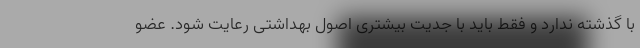
با گذشته ندارد و فقط باید با جدیت بیشتری اصول بهداشتی رعایت شود. عضو